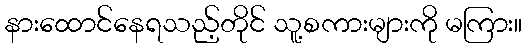
နားထောင်နေရသည့်တိုင် သူ့စကားများကို မကြား။